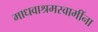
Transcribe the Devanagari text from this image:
माधवाश्रमस्वामींना